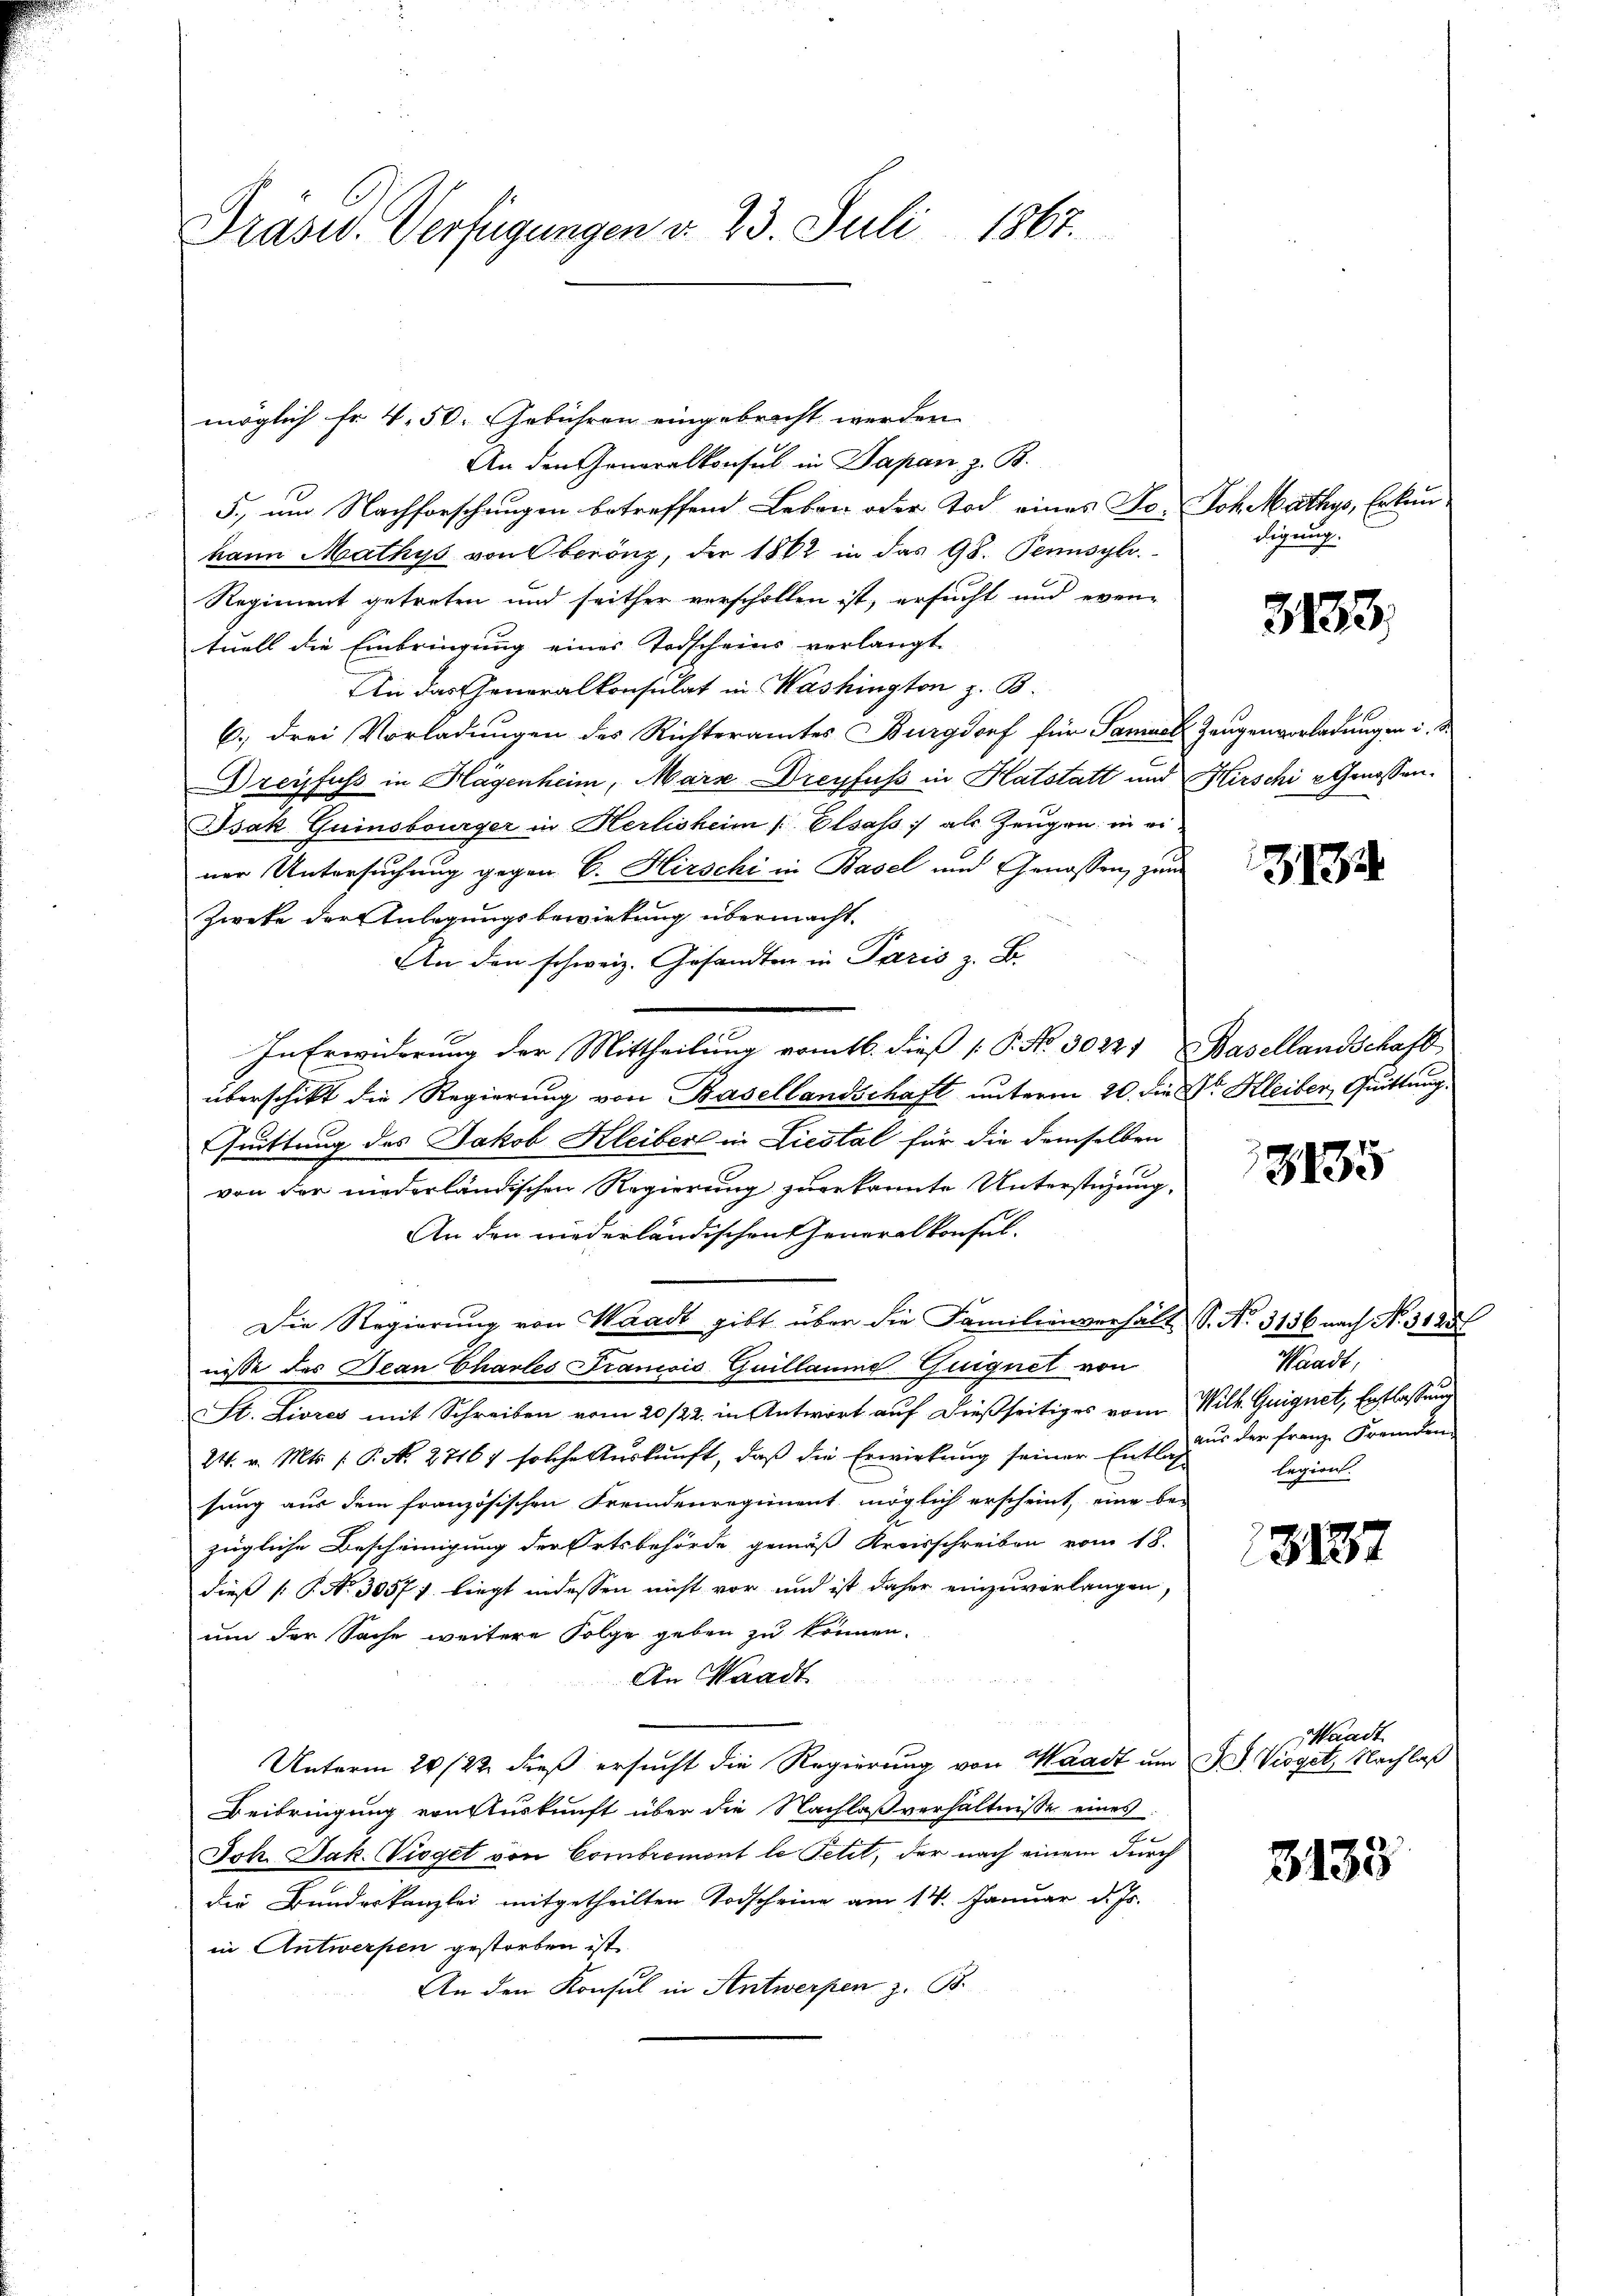
Präsid. Verfügungen v. 23. Juli 1867.

möglich Fr. 4. 50. Gebühren eingebracht werden
An den Generalkonsul in Japan, z. B.
5., um Nachforschungen betreffend Leben oder Tod eines Fr. Joh. Mathys, Erkunkann Mathys von Oberönz, der 1862 in das 98. Pennsylr.
Regiment getreten und seither verschollen ist, ersucht und even-
tuell die Einbringung eines Todscheins verlangt.
An das Generalkonsulat in Washington z. B.
6.) drei Vorladungen des Richteramtes Burgdorf für Samuel Zeugenvorladungen i. S
Dreyfuss in Hagenheim, Marx Dreyfuss in Hatstatt und Hirschi u Genossen.
Isak Guinsburger in Herlisheim Elsass als Zeugen in ei
ner Untersuchung gegen C. Hirschi in Basel und Genossen, zum
Zweke der Anlegungsbewirkung übermacht
An den schweiz. Gesandten in Paris z. B.
In Erwiderung der Mittheilung vom 16. dieß P. No. 30221 Basellandschaft
überschikt die Regierung von Basellandschaft unterm 20. die Dr. Kleiber, Quittung
Quittung des Jakob Kleiber in Liestal für die demselben
von der niederländischen Regierung zuerkannte Unterstigung,
An den wiederländischen Generalkonsul-
Die Regierung von Waadt gibt über die Familienverhält S. Nr. 3156 nach No. 3128
niße des Jean Chartes Francois Guillaume Guignet von
St. Livres mit Schreiben vom 20/22. in Antwort auf dießseitiges vom Wilk. Guignet, Entlassung
24. v. Mts. 1. P. N. 27167 solche Auskunft, daß die Erwirkung seiner Entle aus der Franz Fremden
sung aus dem französischen Fremdenregiment möglich erscheint, eine be-
zügliche Bescheinigung der Ortsbehörde gemäß Kreisschreiben vom 18.
dieß P. Nr. 3057: liegt indessen nicht vor und ist daher einzuverlangen,
um der Sache weitere Folge geben zu können.
An Waadt
u
Unterm 20 /22. dieß ersucht die Regierung von Waadt um IV. Vioget, Nachlaß
Beibringung von Auskunft über die Nachlaßverhältnisse eines
Joh. Jak. Viget von Combremont le Petit, der nach einem durch
die Bundeskanzlei mitgetheilten Todscheine am 14. Januar d. Js.
in Antwerpen gestorben ist
An den Konsul in Antwerpen z. B.

digung.

3183.

3194

8835

Waadt,
legion.

3887

Waadt

3133